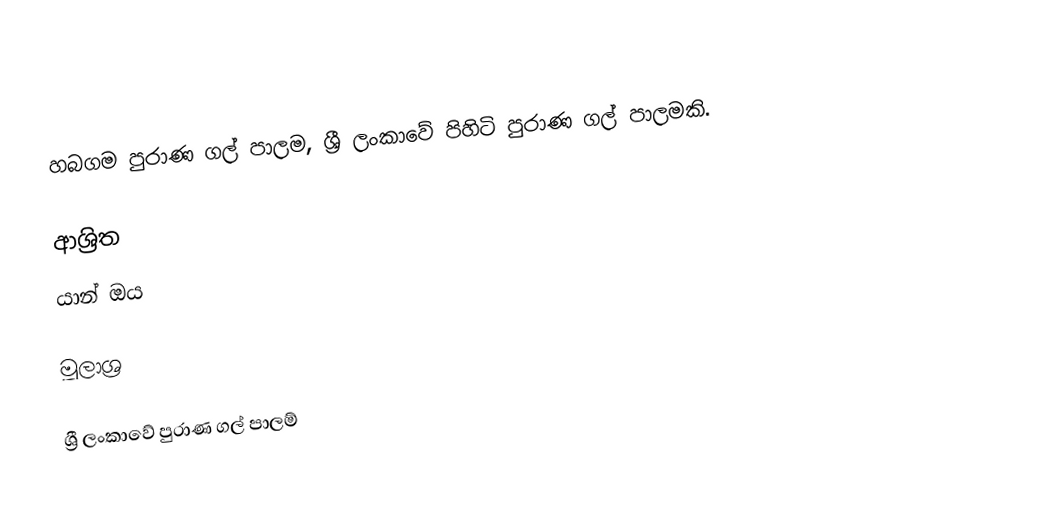
හබගම පුරාණ ගල් පාලම, ශ්‍රී ලංකාවේ පිහිටි පුරාණ ගල් පාලමකි.

ආශ්‍රිත
 යාන් ඔය

මූලාශ්‍ර

ශ්‍රී ලංකාවේ පුරාණ ගල් පාලම්